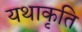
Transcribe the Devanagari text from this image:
यथाकृति